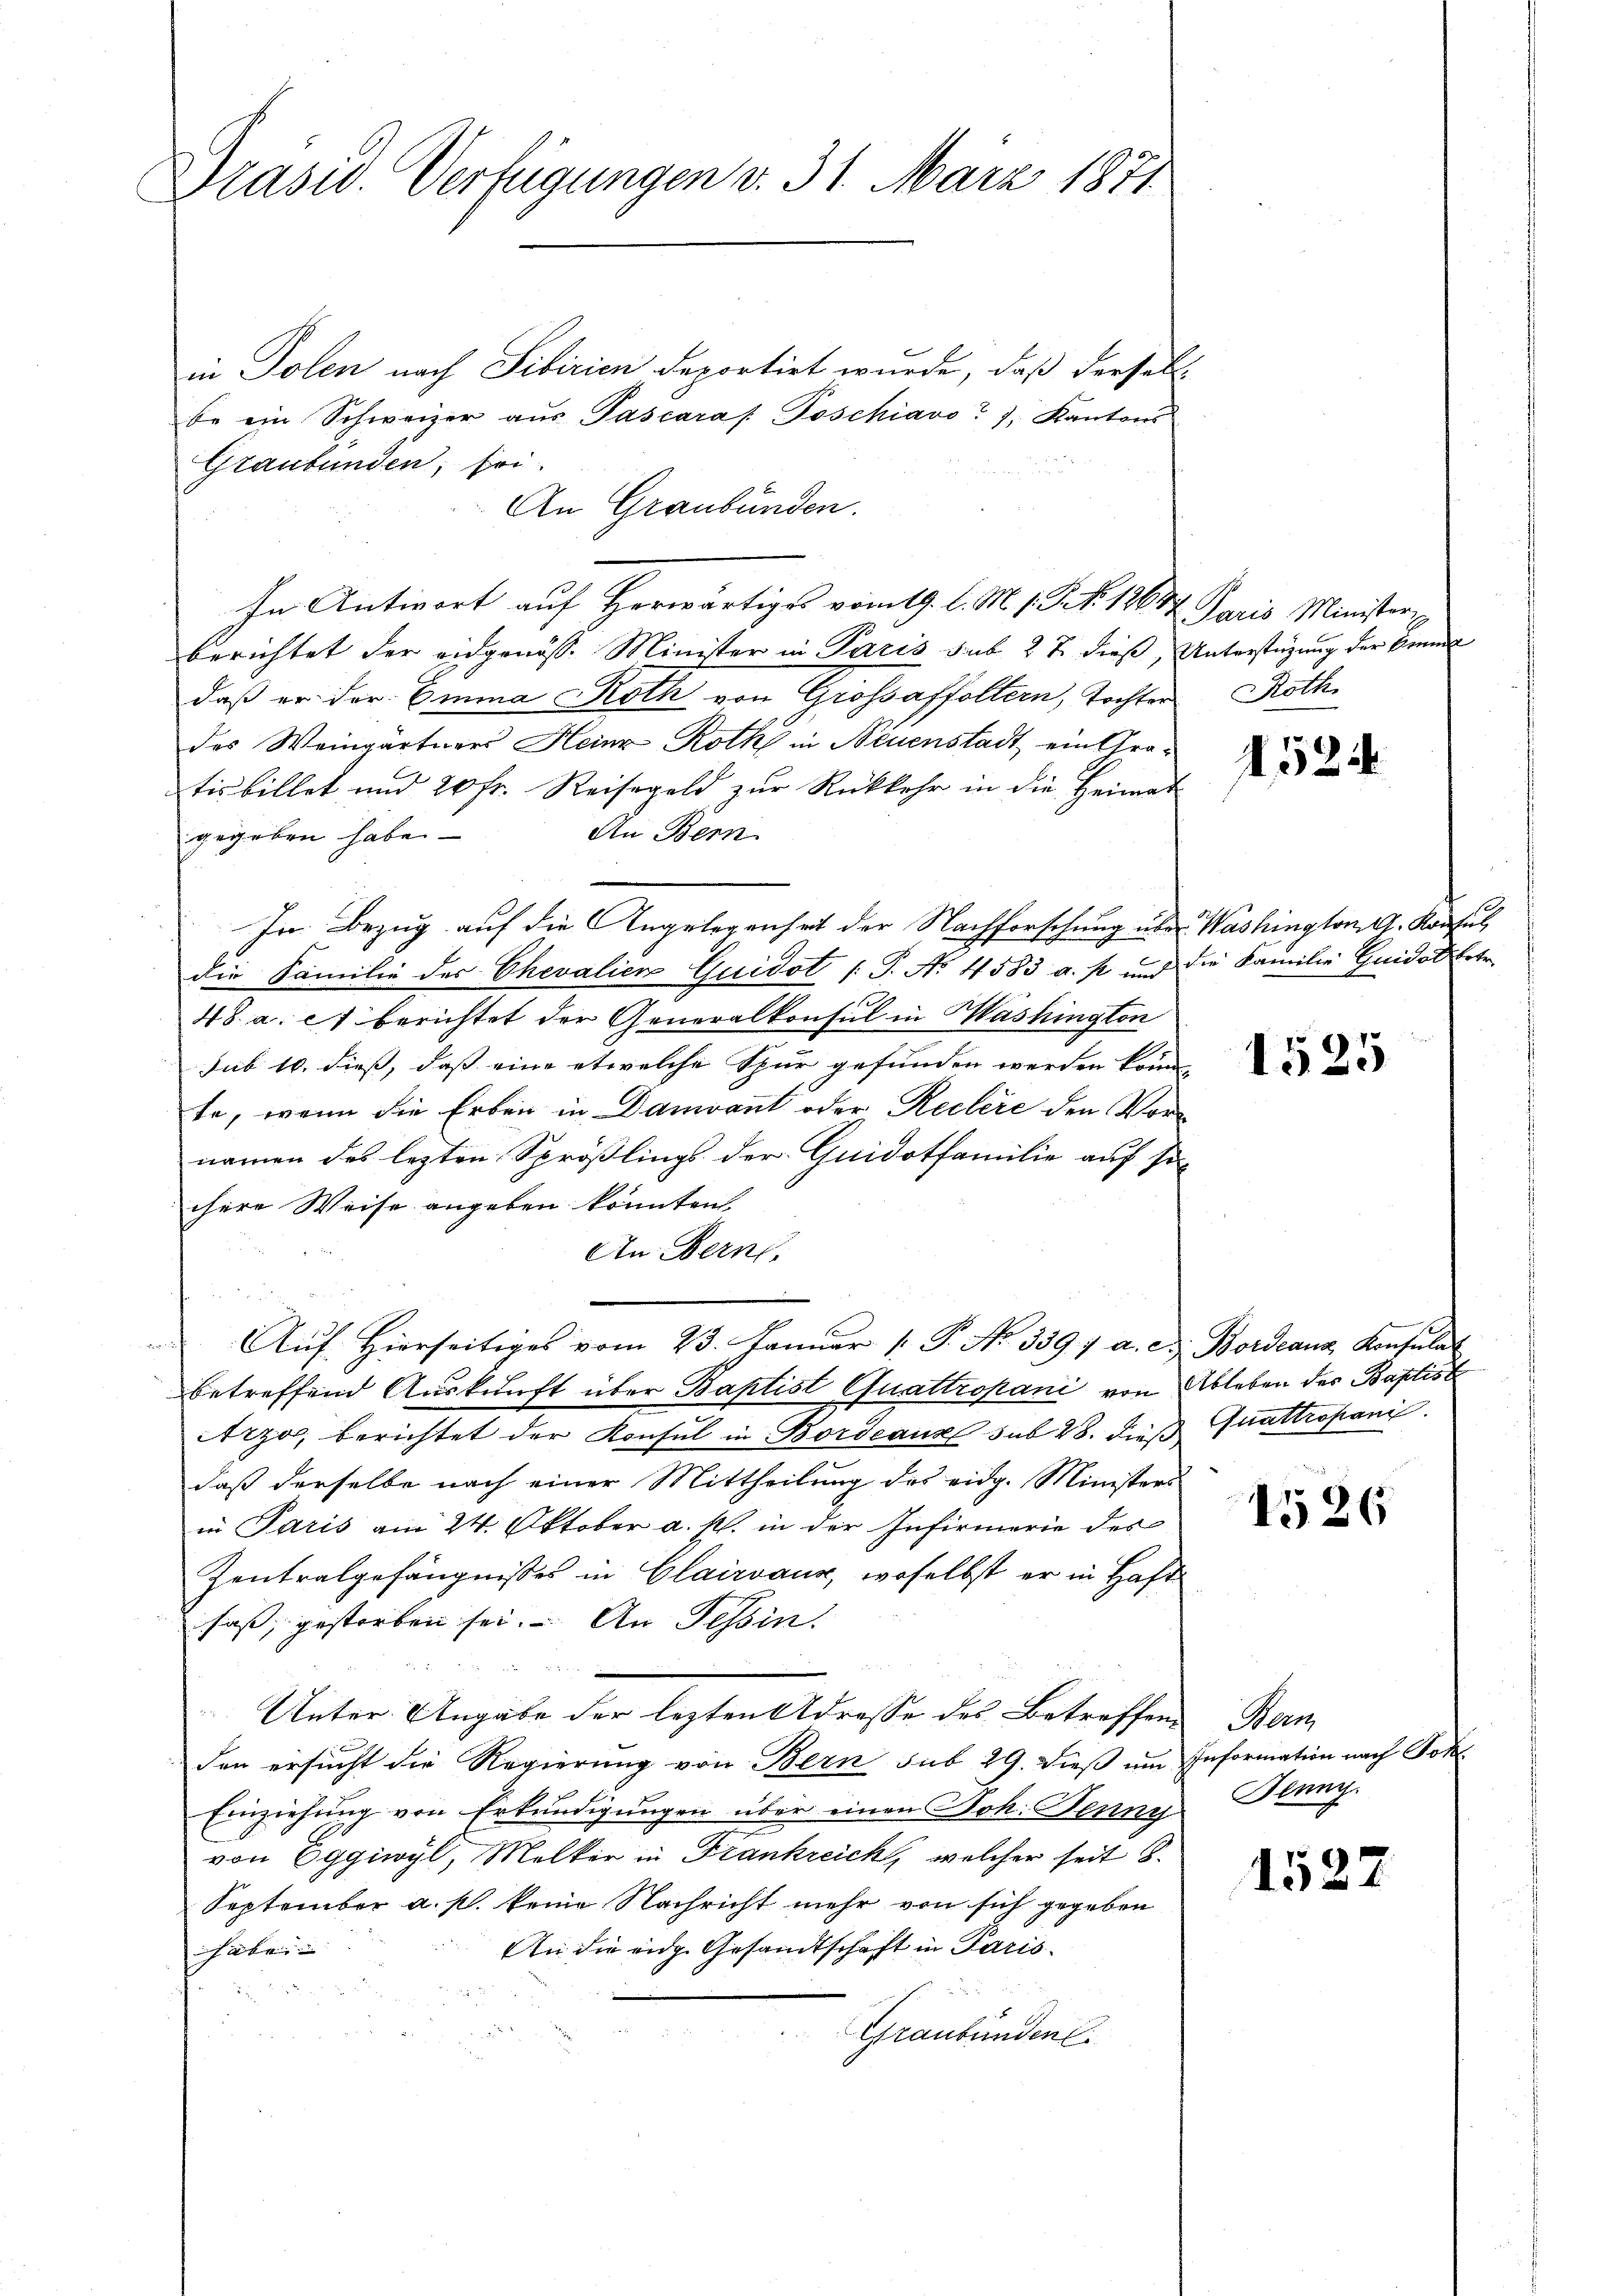
Drasw. Verfügungen v. 31. März 1871.

in Polen nach Sibirien deportirt wurde, daß derselb
be ein Schweizer aus Pascaras Poschiavo 7, Kantons
Graubünden, sei.
An Graubünden.
In Antwort auf Herwärtiges vom 19. l. M. 1. P. Nr. 1867 Paris Minister
berichtet der eidgenösse Minister in Paris sub 27. dieß, Unterstüzung der konnt
daß er der Emma Roth von Grossaffoltern, Tochter
des Weingärtners Heinz Roth in Neuenstadt ein Gratisbillet und 20 fr. Reisegeld zur Rückkehr in die Heimat-
An Bern
gegeben habe.
m
In Bezug auf die Angelegenheit der Nachforschung über Washington G. Konsul
die Familie des Chevalien Guidot (T. No 4583 a. p. und die Familie Guidol betr.
48. a. c. berichtet der Generalkonsul in Washington
sub 10. dies, dass eine etwelche Spur gefunden werden könne,
te, wenn die Erben in Damiant oder Reclere den Vornamen des lezten Sprößlings der Guidotfamilie auf so-
chere Weise angeben könnten,
An Bern,

Aŭf Hierseitiges vom 23. Januar 1. P. No. 339) a. c. Bordeaus Konsula
betreffend Auskunft über Baptist Quattropani von Ableben der Baptise
Arzo berichtet der Konsul in Bordeaus sub 28. dies Quattropanić
daß derselbe nach einer Mittheilung des eidg. Ministers
in Paris am 24. Oktober a. s. in der Infirmerie des
Zentralgefängnisses in Clairvaux, woselbst er in Haft
saß, gestorben sei. An Tessin.
Unter Angabe der lezten Adresse des Betreffen Bern
den ersucht die Regierung von Bern sub 29. Dieß um Information nach Joh
Einziehung von Erkundigungen über einen Joh. Jenny Glanz.
von Eggiwyl, Melker in Frankreich, welcher seit 18.
September a. p. keine Nachricht mehr von sich gegeben
An die eidg. Gesandtschaft in Paris
haben
Graubünden

Roth

1524

1525

1526

1522